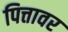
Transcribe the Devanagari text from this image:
पित्तावर